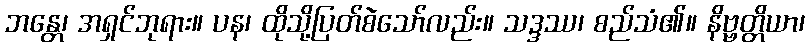
ဘန္တေ၊ အရှင်ဘုရား။ ပန၊ ထိုသို့ပြတ်စဲသော်လည်း။ သဒ္ဒဿ၊ စည်သံ၏။ နိဗ္ဗတ္တိယာ၊